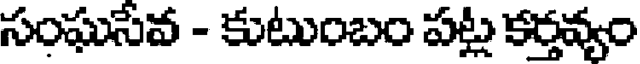
సంఘసేవ - కుటుంబం పట్ల కర్తవ్యం